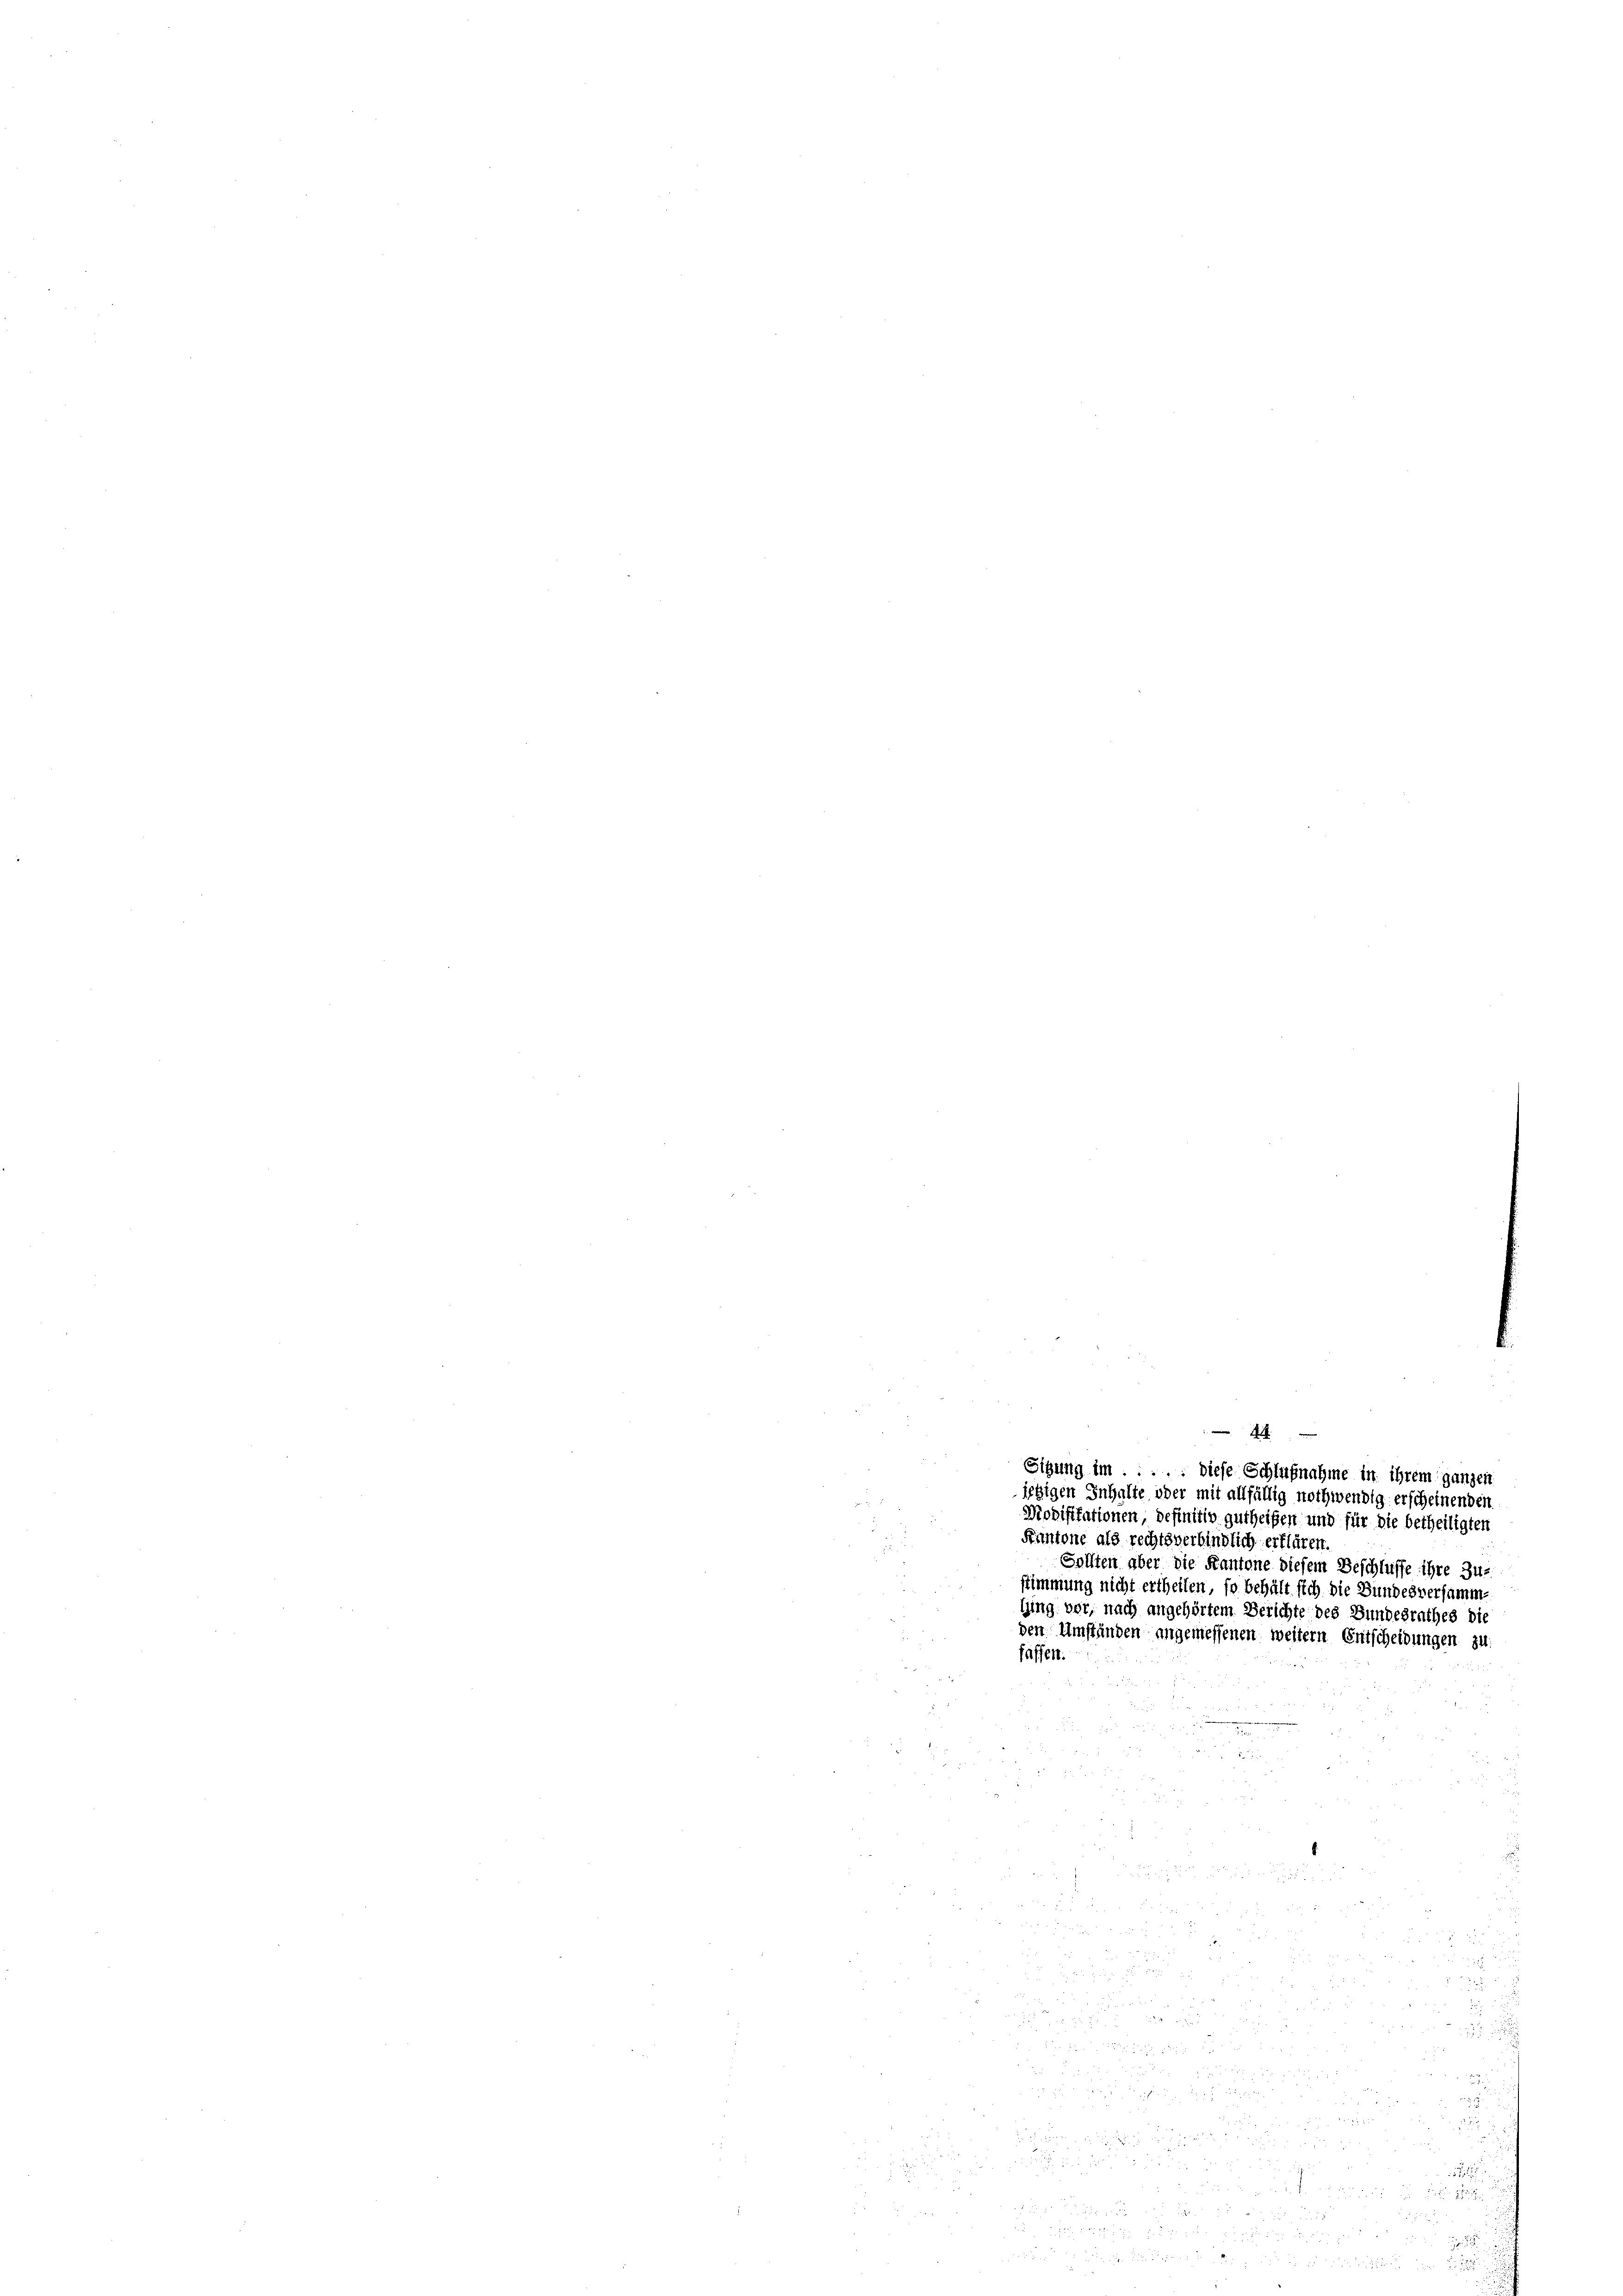
4 x
Sitzung im . . . . . Diese Schlußnahme in ihrem ganzen
ietigen Inhalte oder mit allfällig nothwendig erscheinenden
Modifikationen, definitiv gutheigen und für die betheiligten
Kantone als rechtsverbindlich erklären.
Sollten aber die Kantone diesem Beschlüsse ihre Zus
stimmung nicht ertheilen, so behält sich die Bundesversammling vor, nach angehörtem Berichte des Bundesrathes die
den Umständen angemessenen weitern Entscheidungen zu

fassen.

5